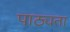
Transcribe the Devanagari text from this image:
पाठ्यता